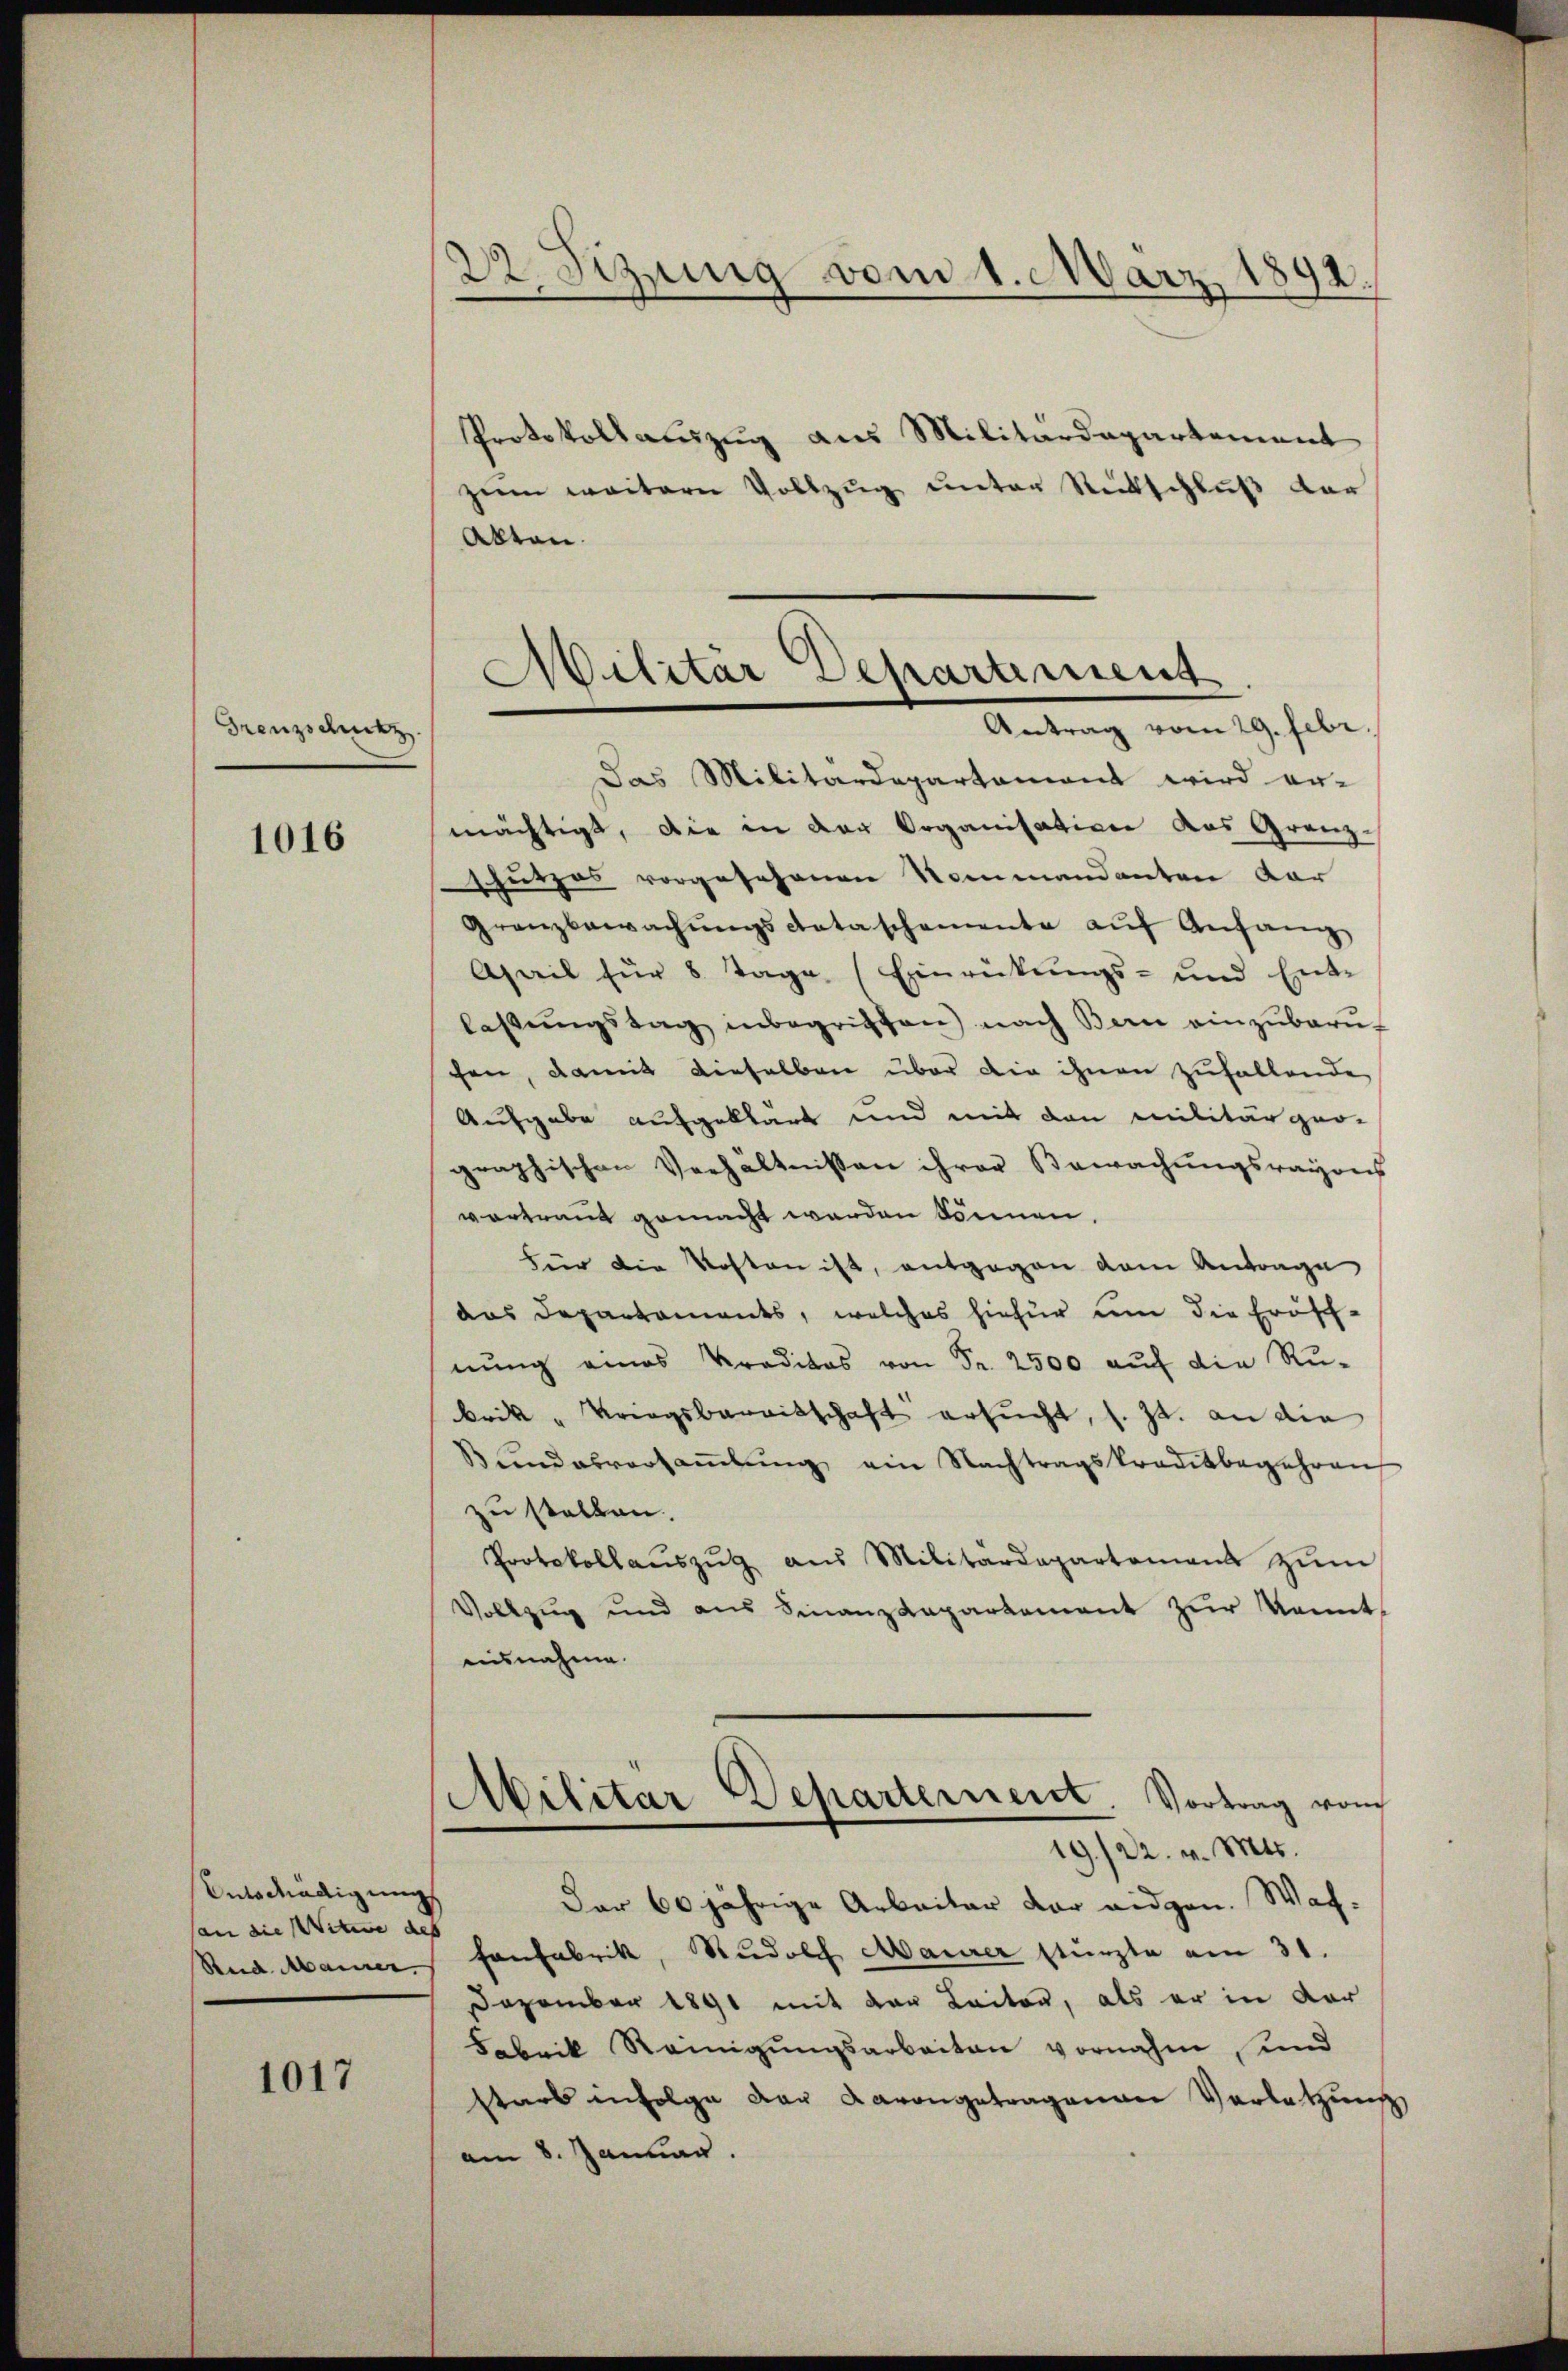
Grenzschutz

1016

Protokollauszug aus Militärdepartement
zum weitern Vollzug unter Rutschluß der
Alten.
Das Militärdepartament wird er-
mächtigt, die in der Organisation das Grenz¬
Schutzes vorgesehenen Nommandanten dar
Granzbewachŭngscataschemente auf Anfang
April für 8 Tage (Einrückungs- und Ent-
lassŭngstag inbegriffen) nach Bern einzŭbarn-
chen, damit dieselben über die ihnen zufallende
Aufgabe aufgeklärt und mit den militärger-
graphischen Verhältnissen ihrer Bewachungsrayons
vortraut gemacht werden können.
Für die Kosten ist, entgegen dem Antrage
das Departaments, welches hiefür um die Erösch-
nŭng eines Praditas von Fr. 2500 aŭf die Ru-
brik " Kriegsbereitschaft ersucht, s. Zt. an die
Bŭndesversaṁlŭng ein Nachtragskreditbegehren
zu stellen.
Protokollaŭszŭg aŭs Militärdepartamens zŭm
Vollzug und aus Finanzdepartement zŭr Kenntausnahme.
Sibilitar Departernent. Vortrag vom
19/22. v. Mts.
Der 60jährige Arbeiter der eidgen. Wach-
Rud Manner fonfabrik, Rudolf Maurer stürzte am 31.
Dezember 1891 mit der Leiten, als er in der
Fabrik Reinigungsarbeiten vornahm, und
stars infolge der darangetragenen Verletzung
am 8. Januar.

Entschädigung
san die Witwe des

1017

22. Sizung vom 1. März 1892.

Militär Departement
Antrag vom 29. Febr.